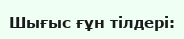
Шығыс ғұн тілдері: